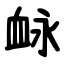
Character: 䘑